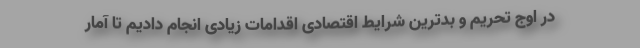
در اوج تحریم و بدترین شرایط اقتصادی اقدامات زیادی انجام دادیم تا آمار